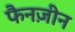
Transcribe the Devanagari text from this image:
फैनज़ीन